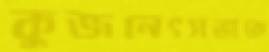
কুজনেৎসভাকে